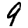
Digit: 9